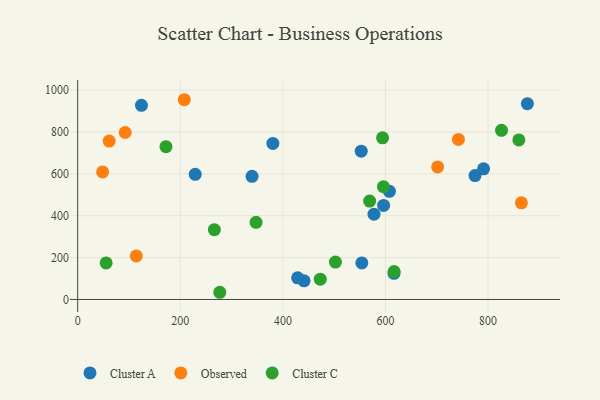
{"axis": {"x": "Distance", "y": "Salary"}, "legend": ["Cluster A", "Cluster C", "Observed"], "data": [{"x": "596.3", "y": 449.2, "type": "Cluster A"}, {"x": "552.7", "y": 708.4, "type": "Cluster A"}, {"x": "616.6", "y": 124.7, "type": "Cluster A"}, {"x": "553.9", "y": 174.5, "type": "Cluster A"}, {"x": "229.1", "y": 597.6, "type": "Cluster A"}, {"x": "124.3", "y": 927.2, "type": "Cluster A"}, {"x": "774.5", "y": 592.0, "type": "Cluster A"}, {"x": "441.3", "y": 89.1, "type": "Cluster A"}, {"x": "380.5", "y": 745.4, "type": "Cluster A"}, {"x": "577.6", "y": 407.5, "type": "Cluster A"}, {"x": "791.2", "y": 623.8, "type": "Cluster A"}, {"x": "339.9", "y": 588.2, "type": "Cluster A"}, {"x": "607.7", "y": 516.3, "type": "Cluster A"}, {"x": "876.6", "y": 935.4, "type": "Cluster A"}, {"x": "428.7", "y": 103.1, "type": "Cluster A"}, {"x": "207.8", "y": 954.1, "type": "Observed"}, {"x": "48.6", "y": 609.3, "type": "Observed"}, {"x": "701.6", "y": 633.2, "type": "Observed"}, {"x": "864.9", "y": 461.8, "type": "Observed"}, {"x": "92.6", "y": 797.5, "type": "Observed"}, {"x": "61.4", "y": 756.5, "type": "Observed"}, {"x": "114.2", "y": 208.1, "type": "Observed"}, {"x": "742.2", "y": 764.4, "type": "Observed"}, {"x": "596.0", "y": 538.3, "type": "Cluster C"}, {"x": "594.3", "y": 772.0, "type": "Cluster C"}, {"x": "472.9", "y": 97.1, "type": "Cluster C"}, {"x": "266.4", "y": 333.3, "type": "Cluster C"}, {"x": "55.4", "y": 174.4, "type": "Cluster C"}, {"x": "826.2", "y": 807.8, "type": "Cluster C"}, {"x": "616.8", "y": 133.4, "type": "Cluster C"}, {"x": "172.1", "y": 729.7, "type": "Cluster C"}, {"x": "277.0", "y": 34.3, "type": "Cluster C"}, {"x": "502.4", "y": 178.7, "type": "Cluster C"}, {"x": "860.0", "y": 762.1, "type": "Cluster C"}, {"x": "569.1", "y": 469.9, "type": "Cluster C"}, {"x": "347.7", "y": 368.5, "type": "Cluster C"}]}